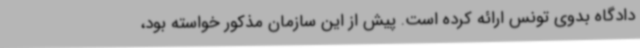
دادگاه بدوی تونس ارائه کرده است. پیش از این سازمان مذکور خواسته بود،